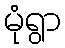
မုံရွာ